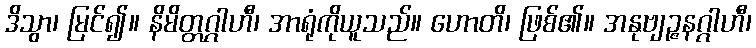
ဒိသွာ၊ မြင်၍။ နိမိတ္တဂ္ဂါဟီ၊ အာရုံကိုယူသည်။ ဟောတိ၊ ဖြစ်၏။ အနုဗျဉ္ဇနဂ္ဂါဟီ၊